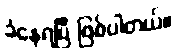
ခံနေရပြီ ဖြစ်ပါတယ်။